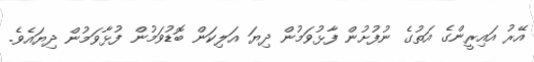
އޭރު އައިރީންގެ އަތުގެ ނުފުށުން ފާޅުވަމުން ދިޔަ އަލިކަން ބޮޑުވަމުން ފުޅާވަމުން ދިޔައެވެ.